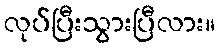
လုပ်ပြီးသွားပြီလား။